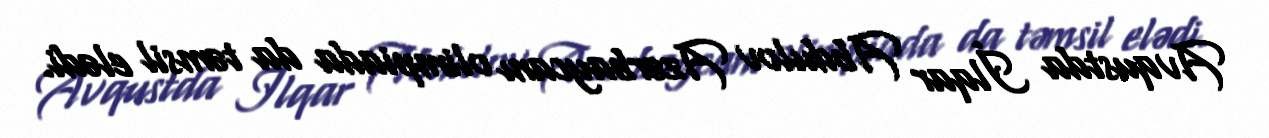
Avqustda İlqar Abdulov Azərbaycanı olimpiada da təmsil elədi.